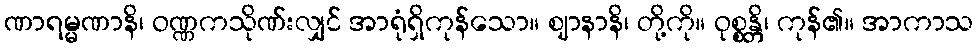
ဏာရမ္မဏာနိ၊ ဝဏ္ဏကသိုဏ်းလျှင် အာရုံရှိကုန်သော။ ဈာနာနိ၊ တို့ကို။ ဝုစ္စန္တိ၊ ကုန်၏။ အာကာသ